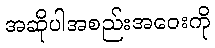
အဆိုပါအစည်းအဝေးကို